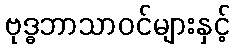
ဗုဒ္ဓဘာသာဝင်များနှင့်